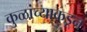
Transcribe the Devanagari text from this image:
कुळांच्याकडून